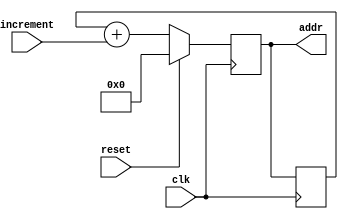
/* program_counter (PC) */
module program_counter #(
    parameter WORDSIZE = 64           /* define o tamanho da palavra */
) (
    input wire clk,                   /* sinal de clock */
    input reset,                      /* sinal de reset */
    input [WORDSIZE-1:0] increment,   /* valor do incremento */
    output wire [WORDSIZE-1:0] addr   /* endereo da instruo atual */
);

    reg [WORDSIZE-1:0] current_addr; /* registrador para guardar endereo atual */
    reg [WORDSIZE-1:0] temp;         /* registrador temporrio, para executar soma */

    /* inicializar registradores em zero */
    initial begin
        temp = 0;
        current_addr = 0;
    end

    /* ativao em borda de subida */
    always @(posedge clk) begin
        /* incremento em borda de subida */
        if(reset)
            current_addr = 0;
        else
            current_addr = temp + increment;
    end

    /* ativao em borda de descida */
    always @(negedge clk) begin
        /* cpia do endereo atual no registrador temporrio */
        temp = current_addr;
    end

    /* endereo atual (addr)  lido do registrador current_addr */
    assign addr = current_addr;

endmodule